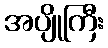
အပျိုကြီး